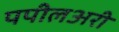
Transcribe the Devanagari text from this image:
पपीलअरी